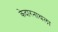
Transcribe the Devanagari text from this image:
केदारनाथला